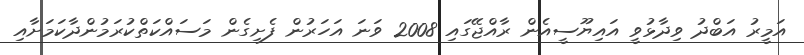
އަމީރު އަބްދު ވިދާޅުވީ އައިޔޫސީއެން ރާއްޖޭގަައި 2008 ވަނަ އަހަރުން ފެށިގެން މަސައްކަތްކުރަމުންދާކަމަށާއި